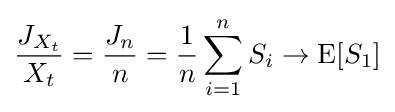
{\frac {J_{X_{t}}}{X_{t}}}={\frac {J_{n}}{n}}={\frac {1}{n}}\sum _{i=1}^{n}S_{i}\to \operatorname {E} [S_{1}]